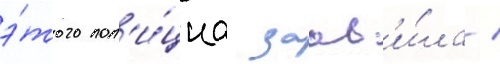
э́того пол'и́циа заав'и́ла /